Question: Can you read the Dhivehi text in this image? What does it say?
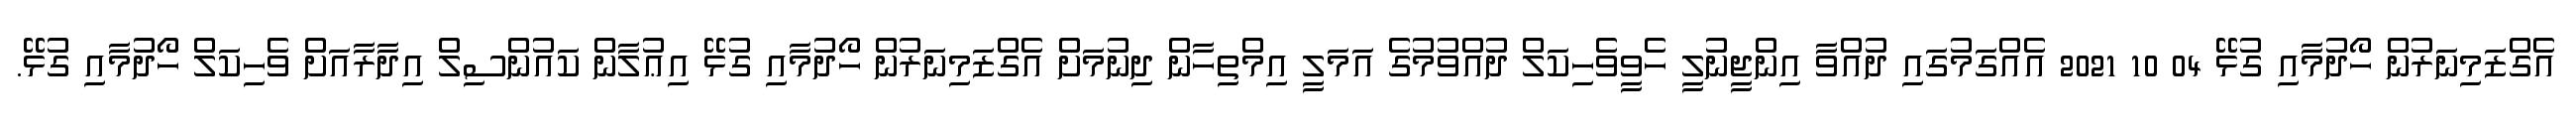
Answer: އެގްޒަމިނަރުން ހޯދުމާއި ގުޅޭ 04 10 2021 އެއްގަމުގައި ދުއްވާ އިންޖީނުލީ ހެވީވެހިކަލް ދުއްވުމުގެ އަމަލީ އިމްތިހާން ދިނުމަށް އެގްޒަމިނަރުން ހޯދުމާއި ގުޅޭ އިޢުލާން ކައުންސިލް އިދާރާއަށް ވެހިކަލް ހޯދުމާއި ގުޅޭ.